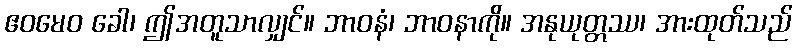
ဧဝမေဝ ခေါ၊ ဤအတူသာလျှင်။ ဘာဝနံ၊ ဘာဝနာကို။ အနုယုတ္တဿ၊ အားထုတ်သည်